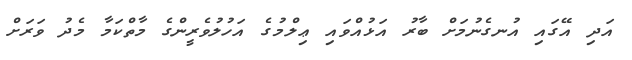
އަދި އޭގައި އުނގެނުމަށް ބާރު އަޅުއްވައި ޢިލްމުގެ އަހުލުވެރީންގެ މާތްކަމާ މެދު ވަރަށް